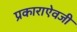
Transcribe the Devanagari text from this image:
प्रकाराऐवजी